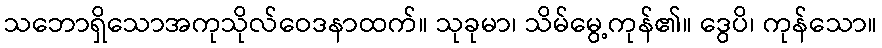
သဘောရှိသောအကုသိုလ်ဝေဒနာထက်။ သုခုမာ၊ သိမ်မွေ့ကုန်၏။ ဒွေပိ၊ ကုန်သော။